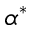
\alpha ^ { * }